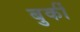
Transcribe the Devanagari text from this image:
बुर्की